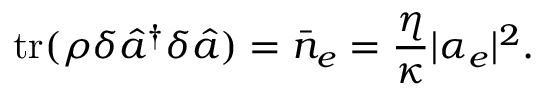
\mathrm { t r } ( \rho \delta \hat { a } ^ { \dagger } \delta \hat { a } ) = \bar { n } _ { e } = \frac { \eta } { \kappa } | \alpha _ { e } | ^ { 2 } .